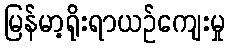
မြန်မာ့ရိုးရာယဉ်ကျေးမှု